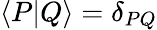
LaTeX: \langle P|Q\rangle=\delta_{PQ}